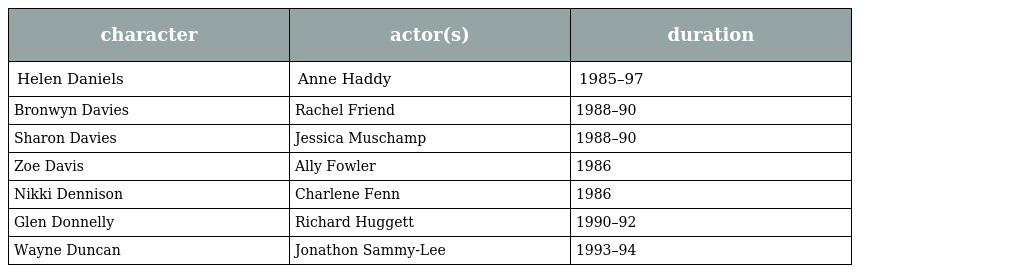
| character | actor(s) | duration |
 | --- | --- | --- |
 | Helen Daniels | Anne Haddy | 1985–97 |
 | Bronwyn Davies | Rachel Friend | 1988–90 |
 | Sharon Davies | Jessica Muschamp | 1988–90 |
 | Zoe Davis | Ally Fowler | 1986 |
 | Nikki Dennison | Charlene Fenn | 1986 |
 | Glen Donnelly | Richard Huggett | 1990–92 |
 | Wayne Duncan | Jonathon Sammy-Lee | 1993–94 |